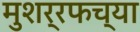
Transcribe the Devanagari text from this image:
मुशर्रफच्या